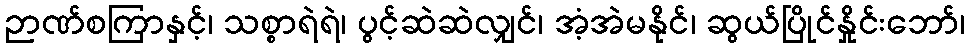
ဉာဏ်စကြာနှင့်၊ သစ္စာရဲရဲ၊ ပွင့်ဆဲဆဲလျှင်၊ အံ့အဲမနိုင်၊ ဆွယ်ပြိုင်နှိုင်းဘော်၊